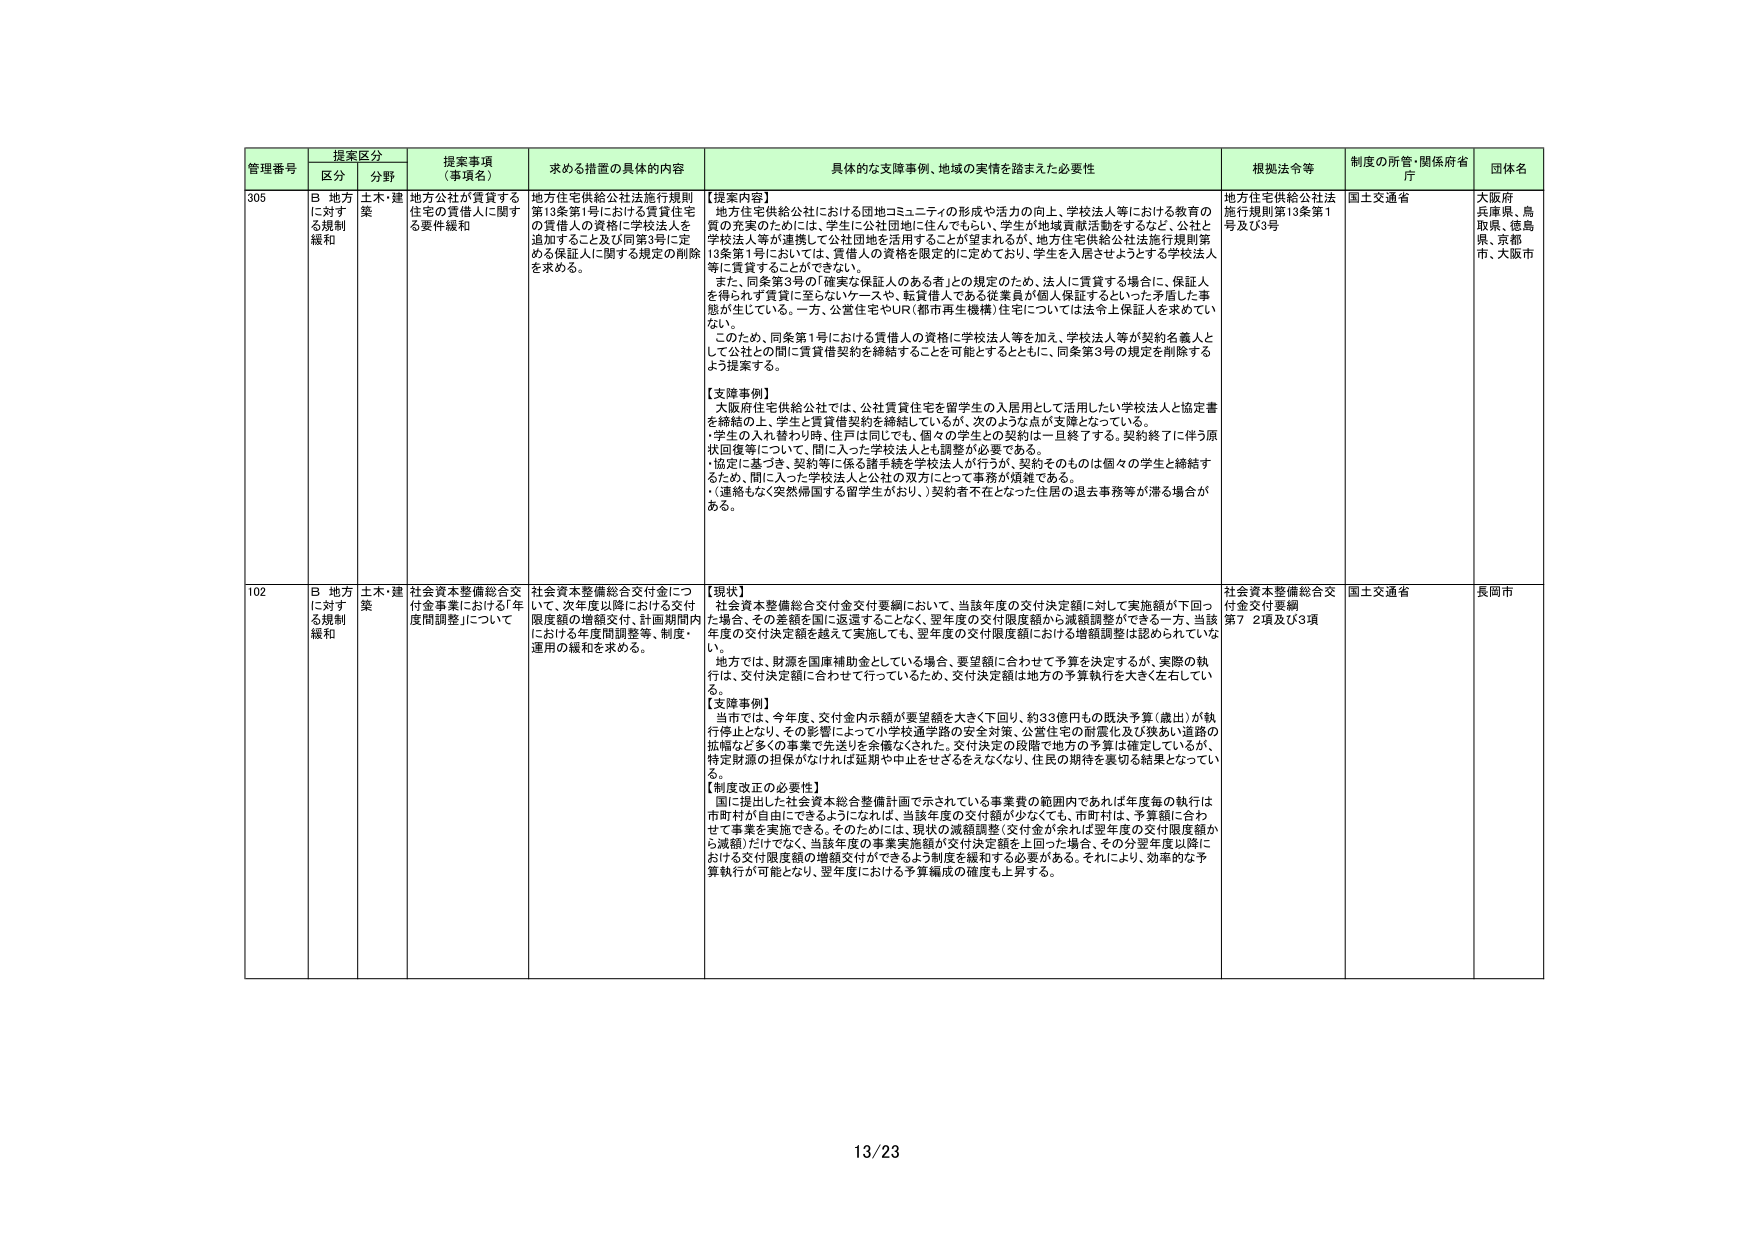
管理番号 提案区分 提案事項（事項名） 求める措置の具体的内容 具体的な支援事例、地域の実情を踏まえた必要性 根拠法令等 制度の所管・関係府省庁 団体名
区分 分野
305 B 地方に対する規制緩和 土木・建築 地方公社が賃貸する住宅の賃借人に関する要件緩和 地方住宅供給公社法施行規則第13条第1号における賃貸住宅の賃借人の資格に学校法人を追加すること及び同第3号に定める保証人に関する規定の削除を求める。 【提案内容】 地方住宅供給公社における団地コミュニティの形成や活力の向上、学校法人等における教育の質の充実のためには、学生に公社団地に住んでもらい、学生が地域貢献活動をするなど、公社と学校法人等が連携して公社団地を活用することが望まれるが、地方住宅供給公社法施行規則第13条第1号においては、賃借人の資格を限定的に定めており、学生を入居させようとする学校法人等に賃貸することができない。 また、同条第3号の「確実な保証人のある者」との規定のため、法人に賃貸する場合に、保証人を得られず賃貸に至らないケースや、転貸借人である従業員が個人保証するといった矛盾した事態が生じている。一方、公営住宅やUR（都市再生機構）住宅については法令上保証人を求めない。 このため、同条第1号における賃借人の資格に学校法人等を加え、学校法人等が契約名義人として公社との間に賃貸借契約を締結することを可能とするとともに、同条第3号の規定を削除するよう提案する。 【支援事例】 大阪府住宅供給公社では、公社賃貸住宅を留学生の入居用として活用したい学校法人と協定書を締結の上、学生と賃貸借契約を締結しているが、次のような点が支障となっている。 ・学生の入れ替わり時、住戸は同じでも、個々の学生との契約は一旦終了する。契約終了に伴う原状回復等について、間に入った学校法人とも調整が必要である。 ・協定に基づき、契約等に係る諸手続を学校法人が行うが、契約そのものは個々の学生と締結するため、間に入った学校法人と公社の双方にとって事務が煩雑である。 ・（連絡もなく突然帰国する留学生がおり、）契約者不在となった住居の退去事務等が滞る場合がある。 地方住宅供給公社法施行規則第13条第1号及び3号 国土交通省 大阪府 兵庫県、鳥取県、徳島県、京都市、大阪市
102 B 地方に対する規制緩和 土木・建築 社会資本整備総合交付金事業における「年度間調整」について 社会資本整備総合交付金について、次年度以降における交付限度額の増額交付、計画期間内における年度間調整等、制度・運用の緩和を求める。 【現状】 社会資本整備総合交付金交付要綱において、当該年度の交付決定額に対して実施額が下回った場合、その差額を国に返還することなく、翌年度の交付限度額から減額調整ができる。一方、当該年度の交付決定額を越えて実施しても、翌年度の交付限度額における増額調整は認められていない。 地方では、財源を国庫補助金としている場合、要望額に合わせて予算を決定するが、実際の執行は、交付決定額に合わせて行っているため、交付決定額は地方の予算執行を大きく左右している。 【支援事例】 当市では、今年度、交付金内示額が要望額を大きく下回り、約33億円もの既決予算（歳出）が執行停止となり、その影響によって小学校通学路の安全対策、公営住宅の耐震化及び狭あい道路の拡幅など多くの事業が実施されなかった。交付決定の段階で地方の予算は確定しているが、特定財源の担保がなければ延期や中止をせざるをえなくなり、住民の期待を裏切る結果となっている。 【制度改正の必要性】 国に提出した社会資本総合整備計画で示されている事業費の範囲内であれば年度毎の執行は市町村が自由にできるようになれば、当該年度の交付額が少なくても、市町村は、予算額に合わせて事業を実施できる。そのためには、現状の減額調整（交付金が余れば翌年度の交付限度額から減額）だけでなく、当該年度の事業実施額が交付決定額を上回った場合、その分翌年度以降における交付限度額の増額交付ができるよう制度を緩和する必要がある。それにより、効率的な予算執行が可能となり、翌年度における予算編成の確度も上昇する。 社会資本整備総合交付金交付要綱第7 2項及び3項 国土交通省 長岡市
13/23